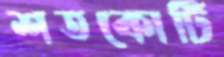
শতকোটি